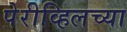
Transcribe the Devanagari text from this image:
पेरीव्हिलच्या